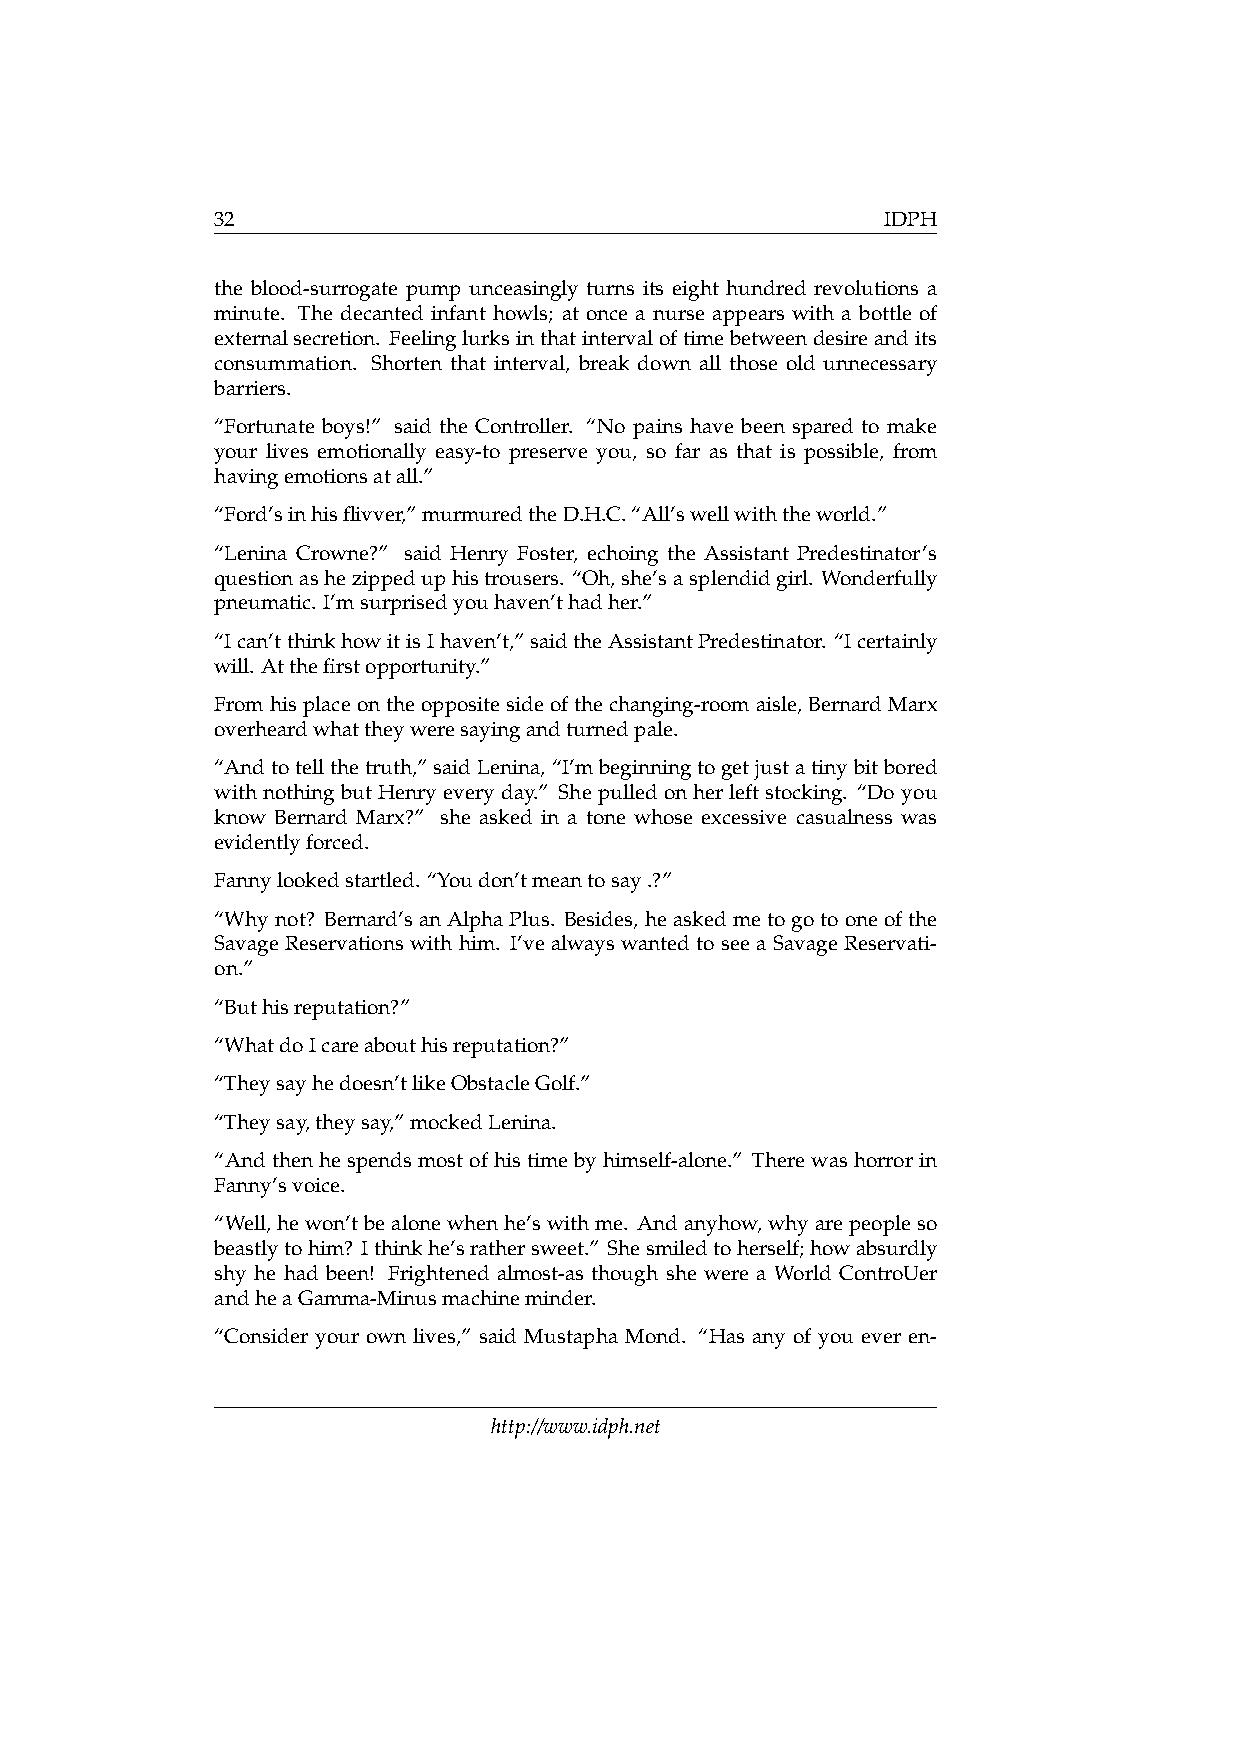
32                                           IDPH
 the blood-surrogate pump unceasingly turns its eight hundred revolutions a
 minute. The decanted infant howls; at once a nurse appears with a bottle of
 externalsecretion. Feelinglurksinthatintervaloftimebetweendesireandits
 consummation. Shorten that interval, break down all those old unnecessary
 barriers.
 “Fortunate boys!” said the Controller. “No pains have been spared to make
 your lives emotionally easy-to preserve you, so far as that is possible, from
 havingemotionsatall.”
 “Ford’sinhisflivver,”murmuredtheD.H.C.“All’swellwiththeworld.”
 “Lenina Crowne?” said Henry Foster, echoing the Assistant Predestinator’s
 questionashezippeduphistrousers. “Oh,she’sasplendidgirl. Wonderfully
 pneumatic. I’msurprisedyouhaven’thadher.”
 “Ican’tthinkhowitisIhaven’t,”saidtheAssistantPredestinator. “Icertainly
 will. Atthefirstopportunity.”
 Fromhisplaceontheoppositesideofthechanging-roomaisle,BernardMarx
 overheardwhattheyweresayingandturnedpale.
 “Andtotellthetruth,”saidLenina,“I’mbeginningtogetjustatinybitbored
 withnothingbutHenryeveryday.” Shepulledonherleftstocking. “Doyou
 know Bernard Marx?” she asked in a tone whose excessive casualness was
 evidentlyforced.
 Fannylookedstartled. “Youdon’tmeantosay.?”
 “Whynot? Bernard’sanAlphaPlus. Besides, heaskedmetogotooneofthe
 Savage Reservations with him. I’ve always wanted to see a Savage Reservati-
 on.”
 “Buthisreputation?”
 “WhatdoIcareabouthisreputation?”
 “Theysayhedoesn’tlikeObstacleGolf.”
 “Theysay,theysay,”mockedLenina.
 “Andthenhespendsmostofhistimebyhimself-alone.” Therewashorrorin
 Fanny’svoice.
 “Well,hewon’tbealonewhenhe’swithme. Andanyhow,whyarepeopleso
 beastlytohim? Ithinkhe’srathersweet.” Shesmiledtoherself;howabsurdly
 shy he had been! Frightened almost-as though she were a World ControUer
 andheaGamma-Minusmachineminder.
 “Consider your own lives,” said Mustapha Mond. “Has any of you ever en-
 http://www.idph.net